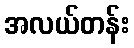
အလယ်တန်း